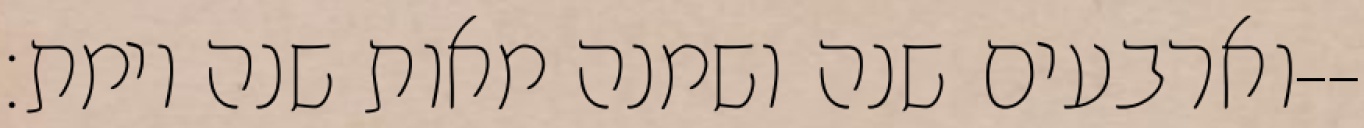
וארבעים שנה ושמנה מאות שנה וימת׃--